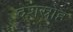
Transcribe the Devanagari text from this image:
देशस्रोह